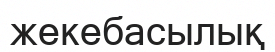
жекебасылық